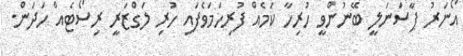
އޯނަރު ޕާސަނަލީ ބޭނުންވީ ހުރިހާ ކަމެއް ފުރިހަމަވެފައި ހުރި ލަގްޒަރީ ރިސޯޓެއް ހަދަން.